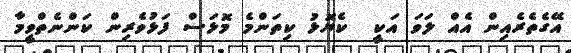
އޭގެތެރެއިން އެއް ލަވަ އަކީ  ކެޔޮޅު ކިތަންމެ މޮޅަސް ފަޅުވެރިން ކަންނެތްވީމާ